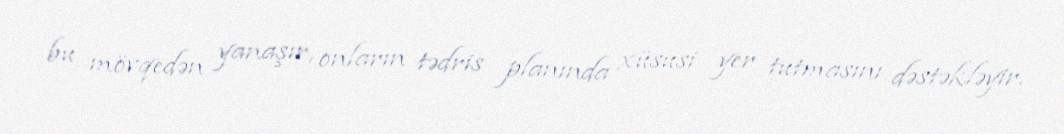
bu mövqedən yanaşır, onların tədris planında xüsusi yer tutmasını dəstəkləyir.